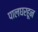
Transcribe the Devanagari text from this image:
पालघरहून